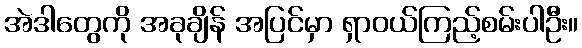
အဲဒါတွေကို အခုချိန် အပြင်မှာ ရှာဝယ်ကြည့်စမ်းပါဦး။